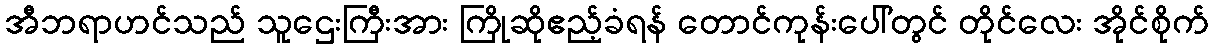
အီဘရာဟင်သည် သူဌေးကြီးအား ကြိုဆိုဧည့်ခံရန် တောင်ကုန်းပေါ်တွင် တိုင်လေး အိုင်စိုက်